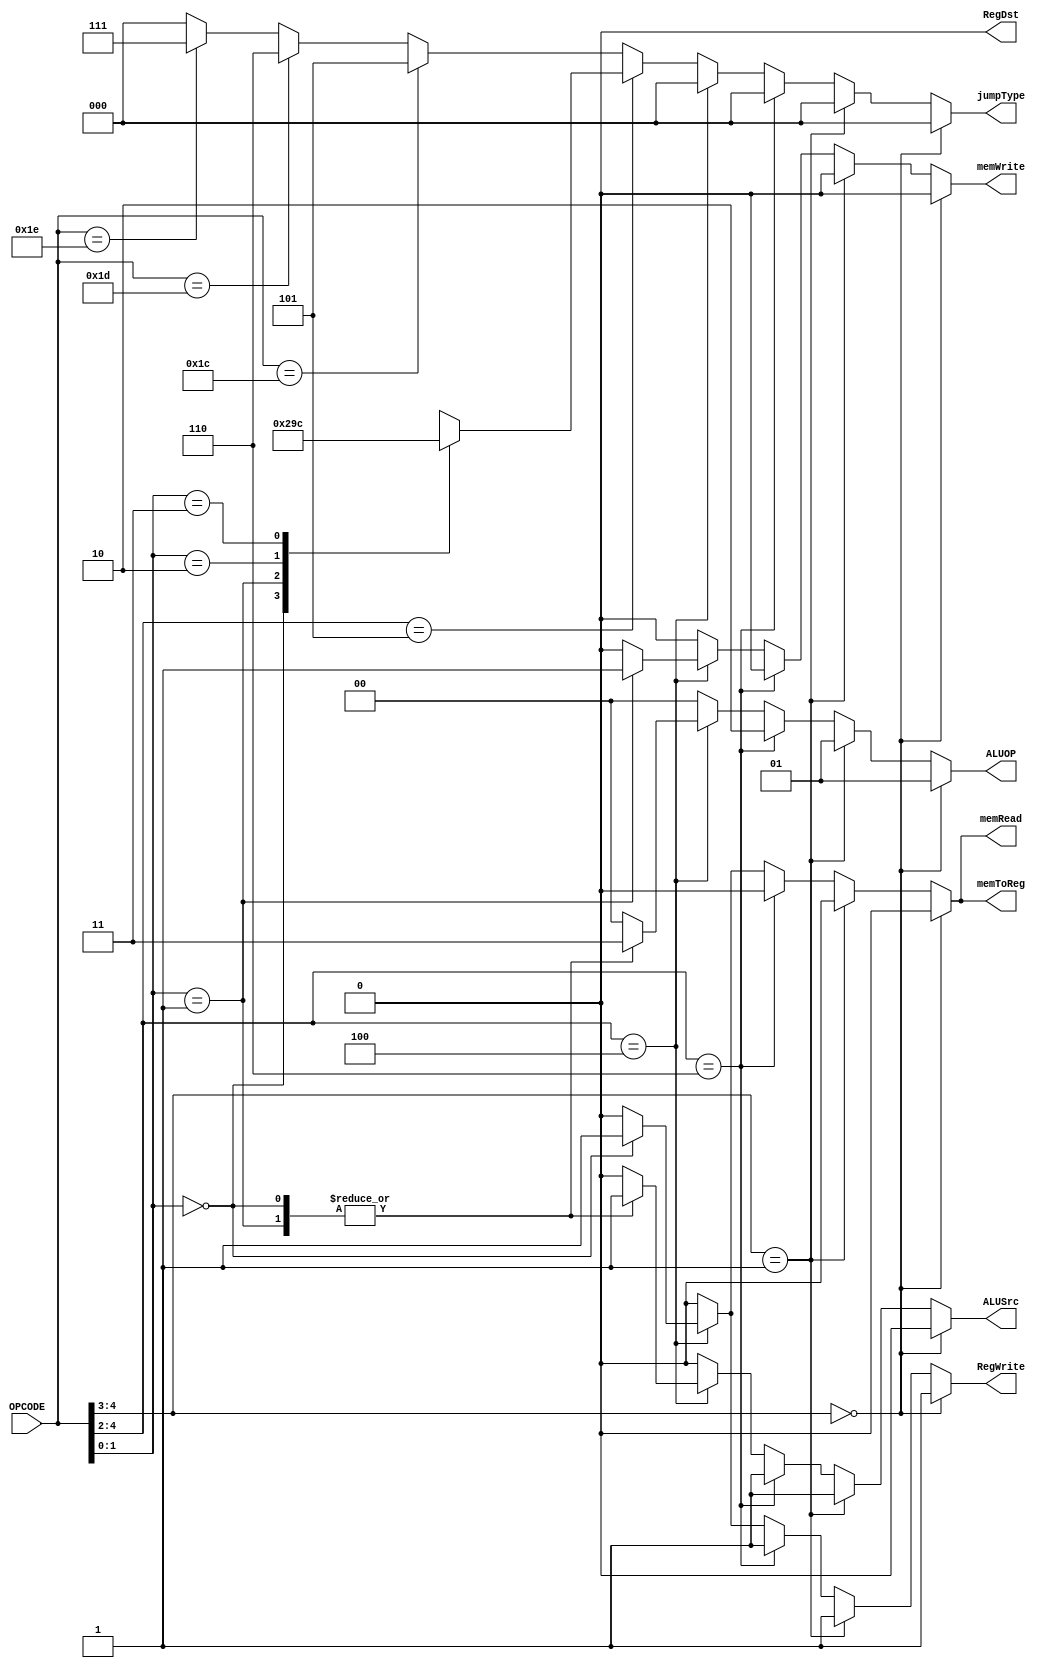
module Control(
	input [4:0]OPCODE,
	output reg memRead, memWrite, memToReg, ALUSrc, RegWrite, RegDst,
	output reg[2:0] jumpType,
	output reg[1:0] ALUOP
);
	always @(OPCODE) begin
		{memRead, memWrite, memToReg, ALUSrc, RegWrite, RegDst} = 6'b0;
		{jumpType, ALUOP} = 5'b0;
		if(OPCODE[4:3] == 2'b00) begin
			ALUOP = 2'b01;
			RegWrite = 1'b1;
		end
		else if(OPCODE[4:3] == 2'b01) begin
			ALUOP = 2'b01;
			ALUSrc = 1'b1;
			RegWrite = 1'b1;
		end
		else if(OPCODE[4:2] == 3'b110) begin
			ALUOP = 2'b10;
			ALUSrc = 1'b1;
			RegWrite = 1'b1;
		end
		else if(OPCODE[4:2] == 3'b100) begin
			case(OPCODE[1:0])
				0: begin
						ALUOP = 2'b11;
						ALUSrc = 1'b1;
						memRead = 1'b1;
						memToReg = 1'b1;
						RegWrite = 1'b1;
				   end
				1: begin
						ALUOP = 2'b11;
						ALUSrc = 1'b1;
						memWrite = 1'b1;
				   end
			endcase
		end
		else if(OPCODE[4:2] == 3'b101) begin
			case(OPCODE[1:0])
				0: begin // zero
						jumpType = 3'b001;
				   end
				1: begin // not zero
						jumpType = 3'b010;
				   end
				2: begin // cout
						jumpType = 3'b011;
				   end
				3: begin // not cout
						jumpType = 3'b100;
				   end
			endcase
		end
		else if(OPCODE == 5'b11100) begin // jmp
			jumpType = 3'b101;
		end
		else if(OPCODE == 5'b11101) begin // jsb
			jumpType = 3'b110;
		end
		else if(OPCODE == 5'b11110) begin // ret
			jumpType = 3'b111;
		end
	end
endmodule